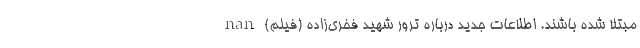
مبتلا شده باشند. اطلاعات جدید درباره ترور شهید فخری‌زاده (فیلم) nan